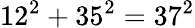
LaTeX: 12^{2}+35^{2}=37^{2}